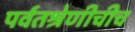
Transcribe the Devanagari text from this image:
पर्वतश्रेणीचीच